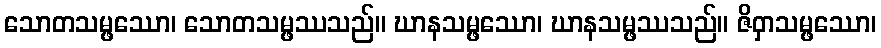
သောတသမ္ဖဿော၊ သောတသမ္ဖဿသည်။ ဃာနသမ္ဖဿော၊ ဃာနသမ္ဖဿသည်။ ဇိဝှာသမ္ဖဿော၊